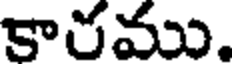
కారము.